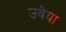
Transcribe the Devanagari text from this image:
उवेया